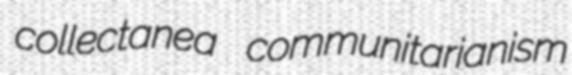
collectanea communitarianism